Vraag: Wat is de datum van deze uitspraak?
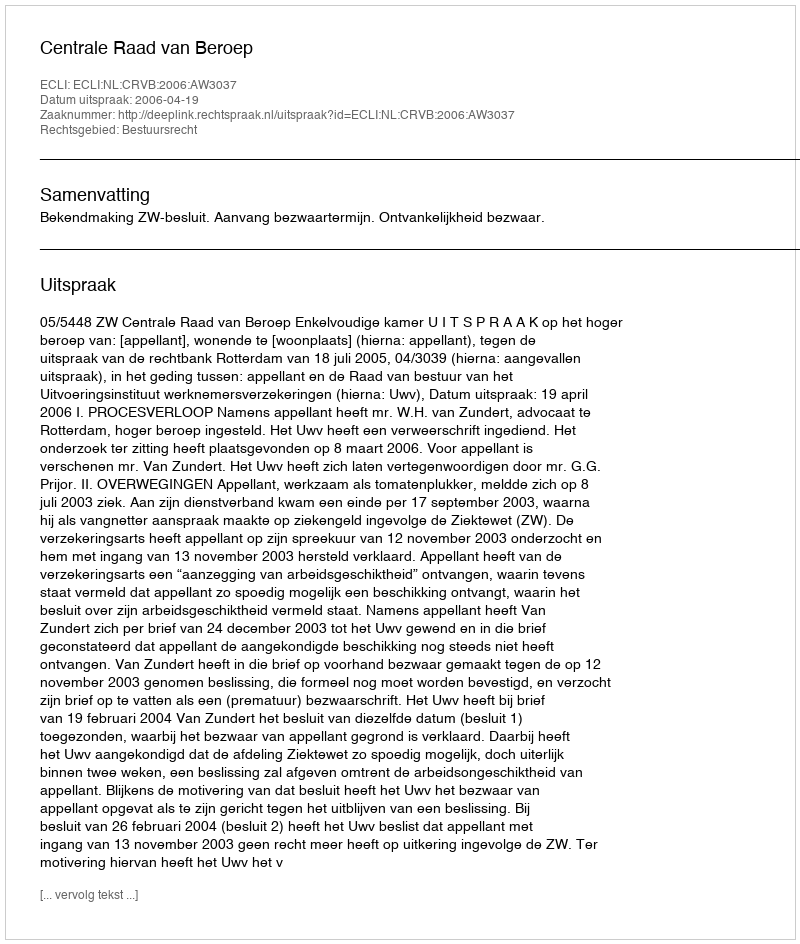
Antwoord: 2006-04-19